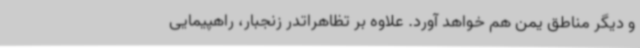
و دیگر مناطق یمن هم خواهد آورد. علاوه بر تظاهراتدر زنجبار، راهپیمایی